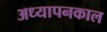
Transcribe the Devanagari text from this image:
अध्यापनकाल